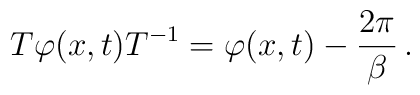
T\varphi (x,t)T^{-1}=\varphi (x,t)-\frac{2\pi }{\beta }\,.